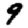
Digit: 9